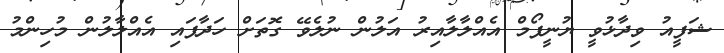
ޝަފީއު ވިދާޅުވީ ޔުނީފޯމް އެއްލާލާއިރު އަލުން ނުލެވޭ ގޮތަށް ހަދާފައި އެއްލާލުން މުހިންމު